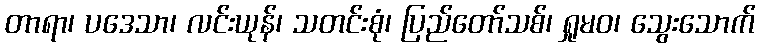
တာရာ၊ ပဒေသာ၊ လင်းယုန်၊ သတင်းစုံ၊ ပြည်တော်သစ်၊ ရှုမဝ၊ သွေးသောက်